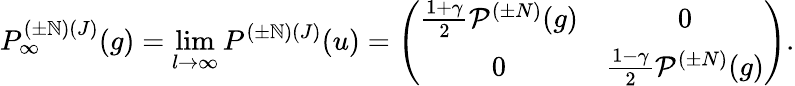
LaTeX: P_{\infty}^{({\pm}\mathbb{N})(J)}(g)=\operatorname*{lim}_{l{\rightarrow}{\infty}}P^{({\pm}\mathbb{N})(J)}(u)=\left(\begin{array}{cc}{{\frac{1+{\gamma}}{2}{\cal P}^{({\pm}N)}(g)}}&{{0}}\\ {{0}}&{{\frac{1-{\gamma}}{2}{\cal P}^{({\pm}N)}(g)}}\end{array}\right).